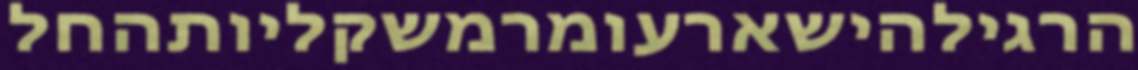
הרגילהישארעומרמשקליותהחל